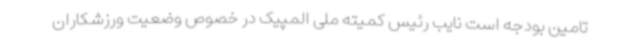
تامین بودجه است نایب رئیس کمیته ملی المپیک در خصوص وضعیت ورزشکاران